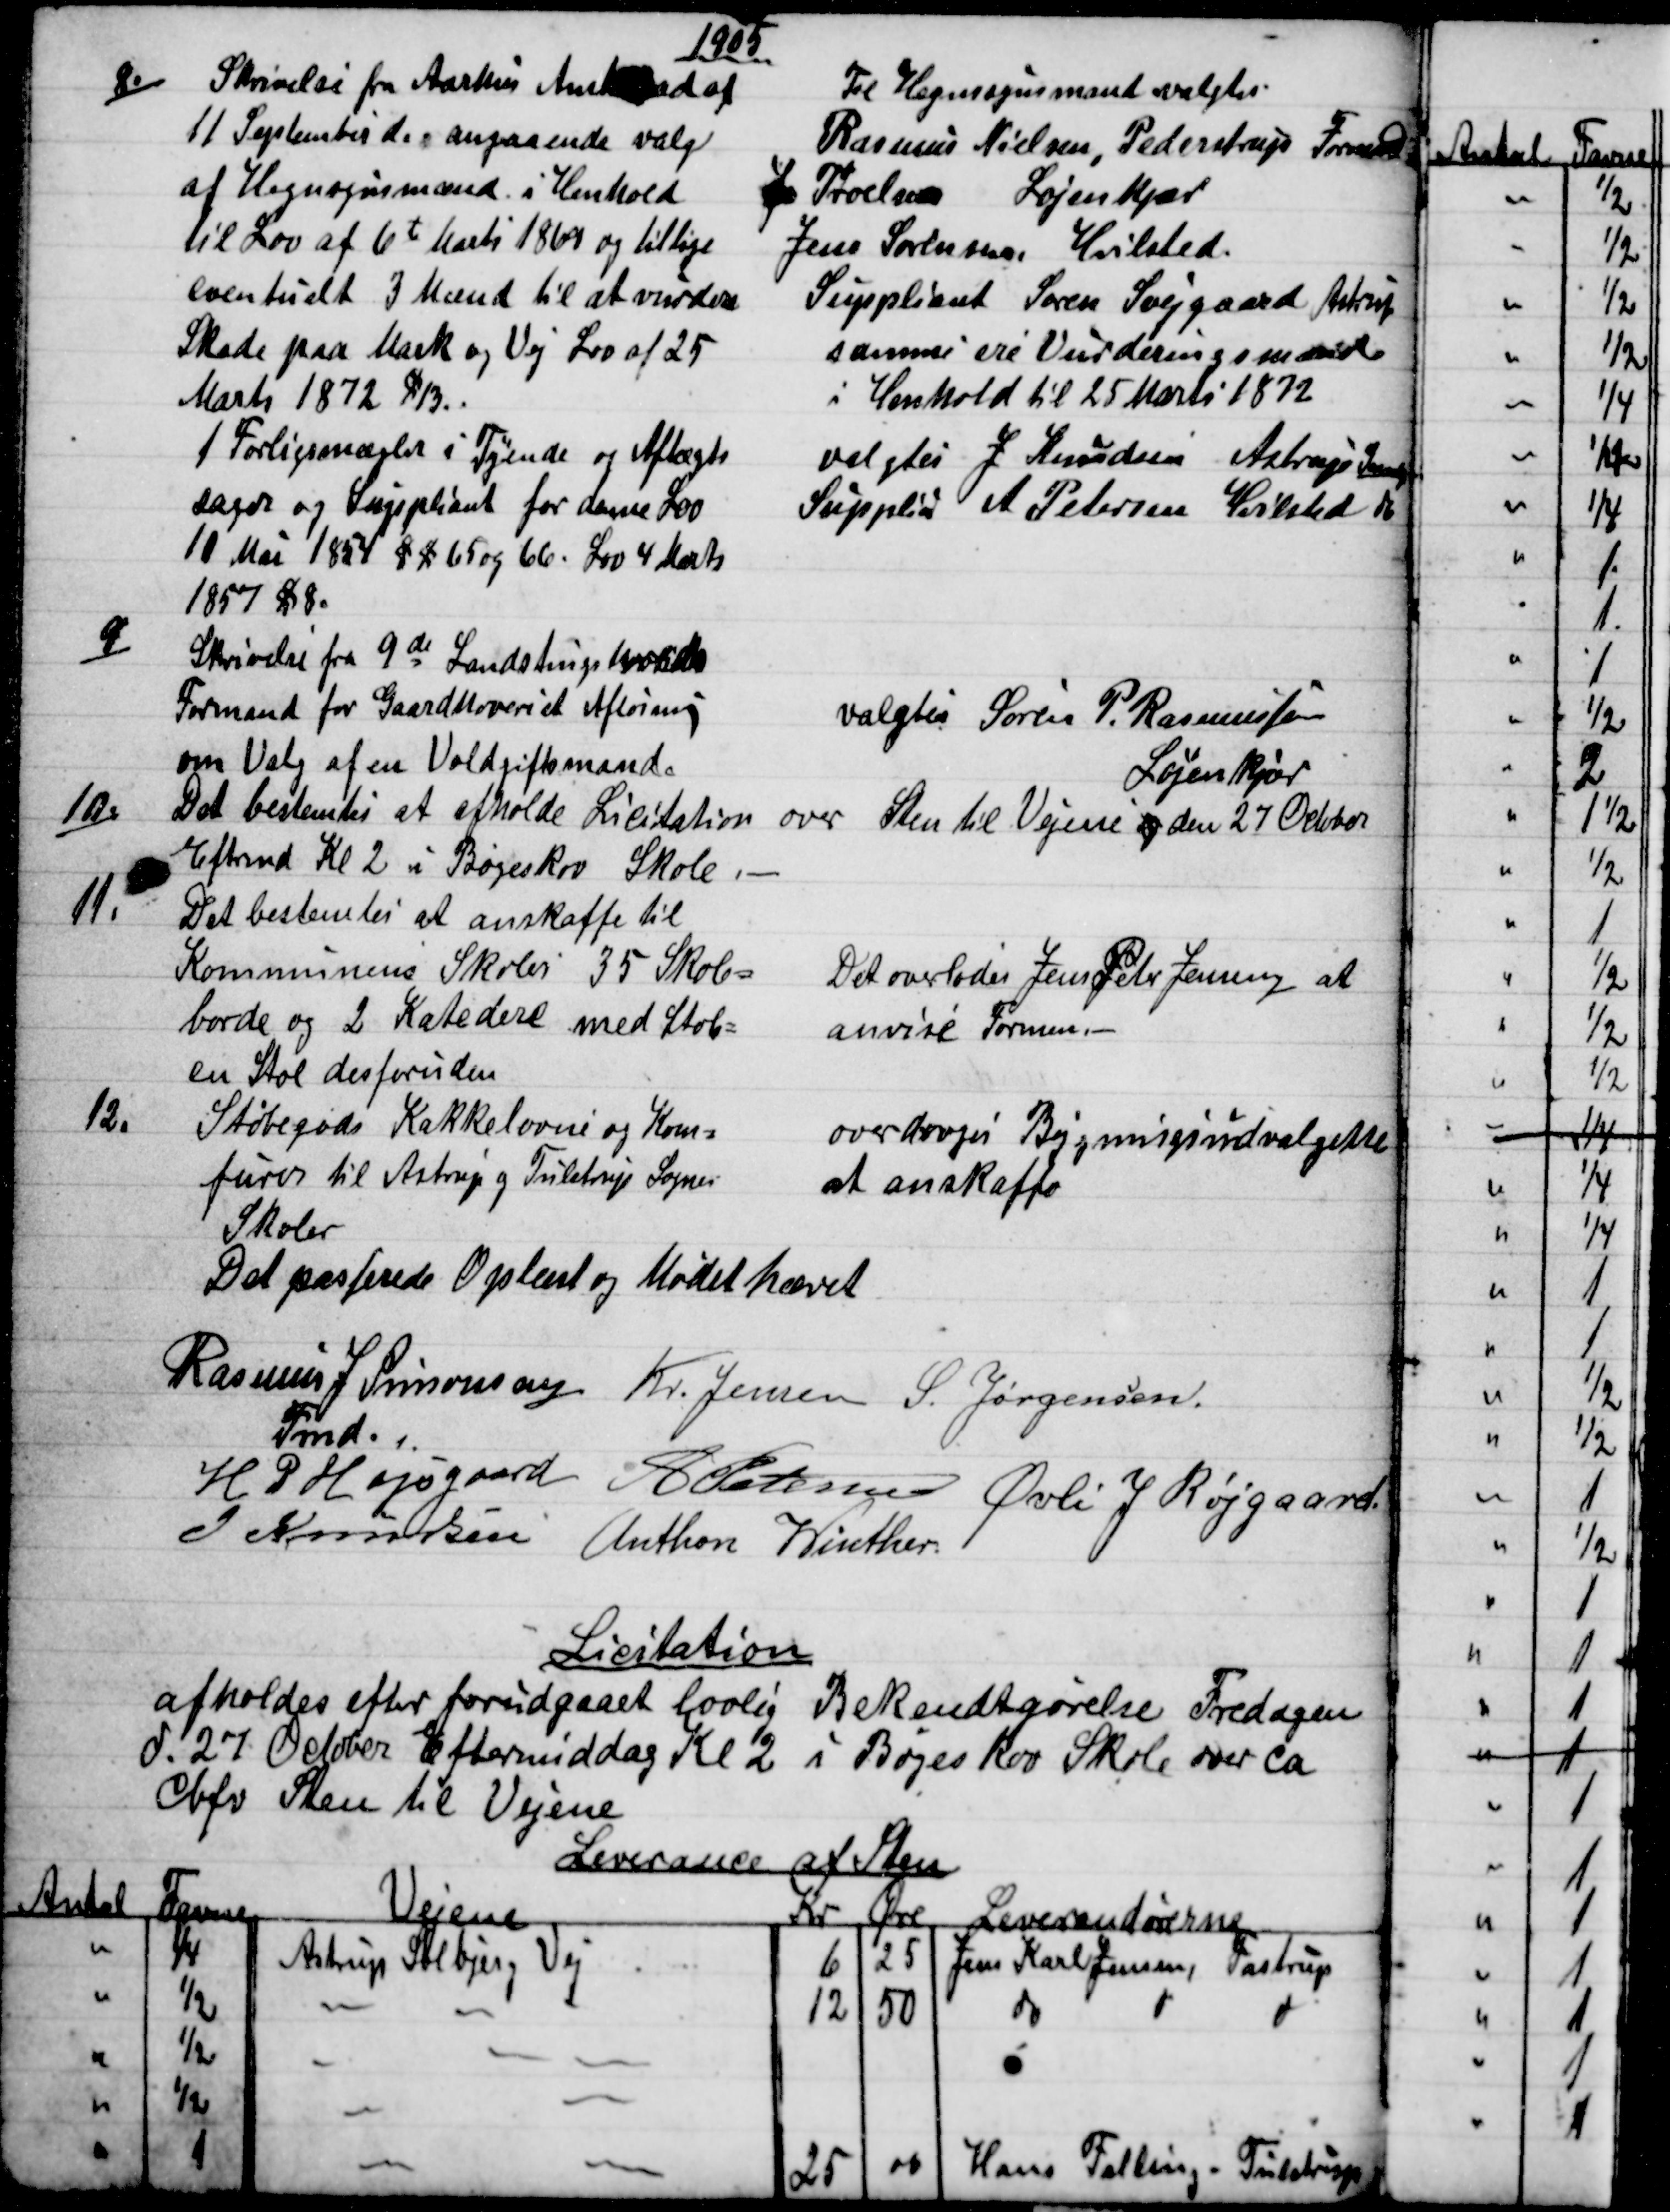
Transskription:
1905
8.)
Skrivelse fra Aarhus Amtsraad af
11 September d. angaaende valg
af Hegnsynsmænd i Henhold
til Lov af 6te Marts 1869 og tillige
eventuelt 3 Mænd til at vurdere
Skade paa Mark og Vej Lov af 25
Marts 1872 §13.
Til Hegnssynsmand valgtes
Rasmus Nielsen, Pederstrup Formand 
J Troelsen Løjenkjær
Jens Sørensen, Hvilsted.
Suppliant Søren Svejgaard Astrup
samme ere Vurderingsmænd
i Henhold til 25 Marts 1872
1 Forligsmægler i Tyende og Aftægts
sager og Suppliant for denne Lov
10 Mai 1854 § § 65 og 66. Lov 4 Marts
1857 § 8
valgtes J. Knudsen Astrup 
Supplia A Petersen Hvilsted do
9)
Skrivelse fra 9de Landstings Mødes
Formand for Gaardhoveriet Afløsning
om Valg af en Voldgiftsmand.
valgtes Søren P. Rasmussen
Løjenkjær
10.)
Det bestemtes at afholde Licitation over Sten til Vejene og den 27 Octobor
Eftrmd Kl 2 i Bøgeskov Skole
11.
Det bestemtes at anskaffe til
Kommunens Skoler 35 Skole=
borde og 2 Katedere med Stol=
en Stol desforuden
Det overlodes Jens Peter Jensen at
anvise Formen. 
12.
Støbegods Kakkelovne og Kom=
furer til Astrup og Tulstrup Sognes
Skoler
overdroges Bygningsudvalgene
at anskaffe
Det passerede Oplæst og Mødet hævet
Rasmus J. Simonsen
Fmd. 
Kr. Jensen S. Jørgensen
H. P. Højsgaard A Petersen Øvli J Røjgaard
J Knudsen Anthon Winther.
Licitation
afholdes efter forudgaaet lovlig Bekendtgørelse Fredagen
d. 27 October Eftermiddag Kl. 2 i Bøgeskov Skole over Ca
Cbfv Sten til Vejene
Leverance af Sten
Antal
Favne
Vejene
Kr
Øre
Leverandørerne
¼
Astrup Solbjerg Vej
6
25
Jens Karl Jensen, Fastrup
½
12
50
do
do
do
½
½
25
00
Hans Falling - Tulstrup